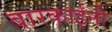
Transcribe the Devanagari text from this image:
बारकाईनी